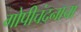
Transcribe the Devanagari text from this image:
गोपीचंदनाचा